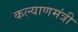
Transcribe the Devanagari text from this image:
कल्याणमंत्री